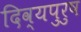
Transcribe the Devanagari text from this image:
दिव्यपुरुष